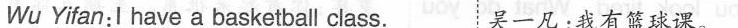
Wu Yifan: I have a basketball class. 吴一凡：我有篮球课。